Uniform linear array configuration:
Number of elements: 16
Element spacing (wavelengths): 0.25
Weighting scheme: blackman
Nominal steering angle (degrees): -45
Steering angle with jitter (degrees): -44.601
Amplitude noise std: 0.05
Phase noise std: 0.05

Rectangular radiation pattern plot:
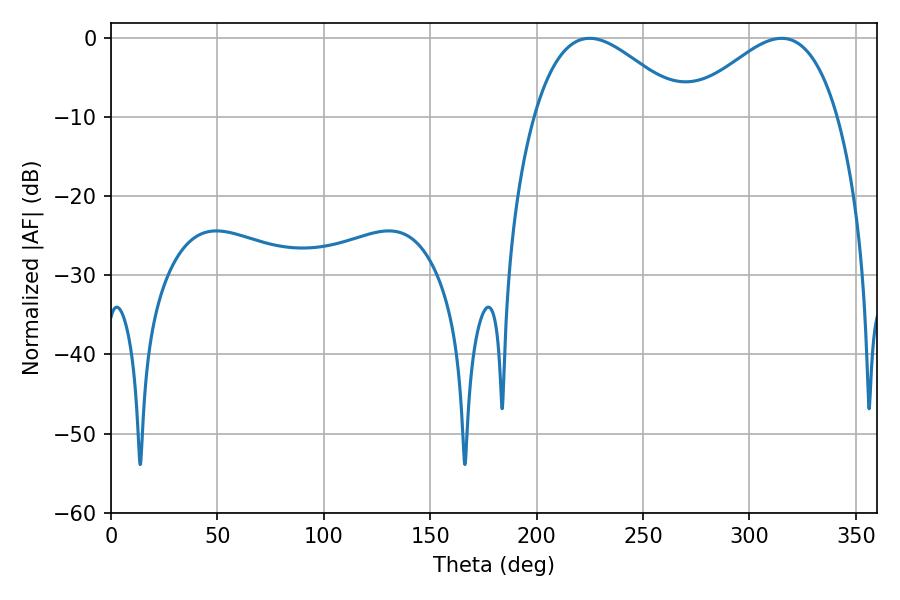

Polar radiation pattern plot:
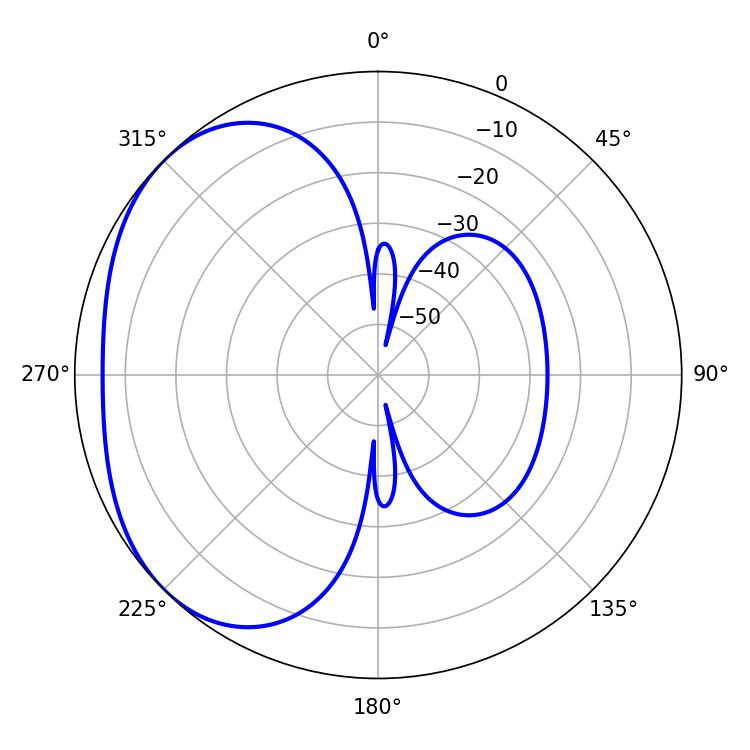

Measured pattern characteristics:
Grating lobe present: FALSE
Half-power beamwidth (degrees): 38.34
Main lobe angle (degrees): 315.18